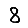
Digit: 8